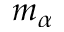
m _ { \alpha }